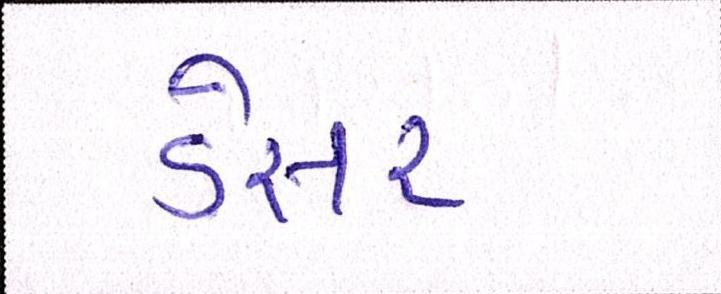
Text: ડેસર